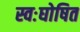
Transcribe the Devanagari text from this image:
स्वःघोषित